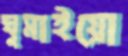
ঘুমাইয়ো